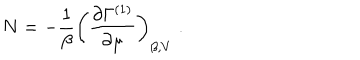
N = - \frac { 1 } { \beta } \left( \frac { \partial \Gamma ^ { ( 1 ) } } { \partial \mu } \right) _ { \beta , V } \; .